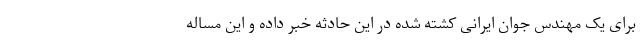
برای یک مهندس جوان ایرانی کشته شده در این حادثه خبر داده و این مساله